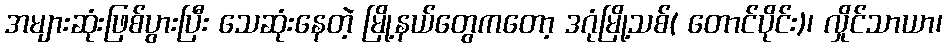
အများဆုံးဖြစ်ပွားပြီး သေဆုံးနေတဲ့ မြို့နယ်တွေကတော့ ဒဂုံမြို့သစ်( တောင်ပိုင်း)၊ လှိုင်သာယာ၊